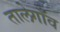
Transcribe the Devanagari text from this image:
तालेगाँव